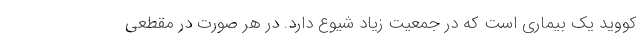
کووید یک بیماری است که در جمعیت زیاد شیوع دارد. در هر صورت در مقطعی